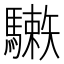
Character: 𩦙